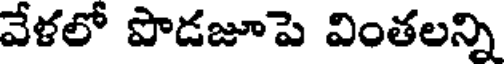
వేళలో పొడజూపె వింతలన్ని